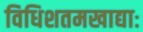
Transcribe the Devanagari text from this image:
विधिशतमखाद्याः